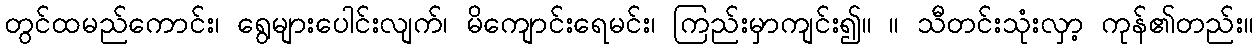
တွင်ထမည်ကောင်း၊ ရွေများပေါင်းလျက်၊ မိကျောင်းရေမင်း၊ ကြည်းမှာကျင်း၍။ ။ သီတင်းသုံးလှာ့ ကုန်၏တည်း။